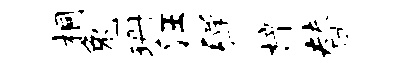
桐兔珊汪弹梓替